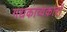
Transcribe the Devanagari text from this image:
गद्यकाव्यकारों